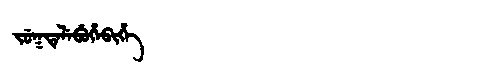
Manchu: ᠵᡠᡴᡨᡝᠯᡝᠪᡠᡥᡝᠪᡳᡥᡝ
Romanization: JUKTELEBUHEBIHE